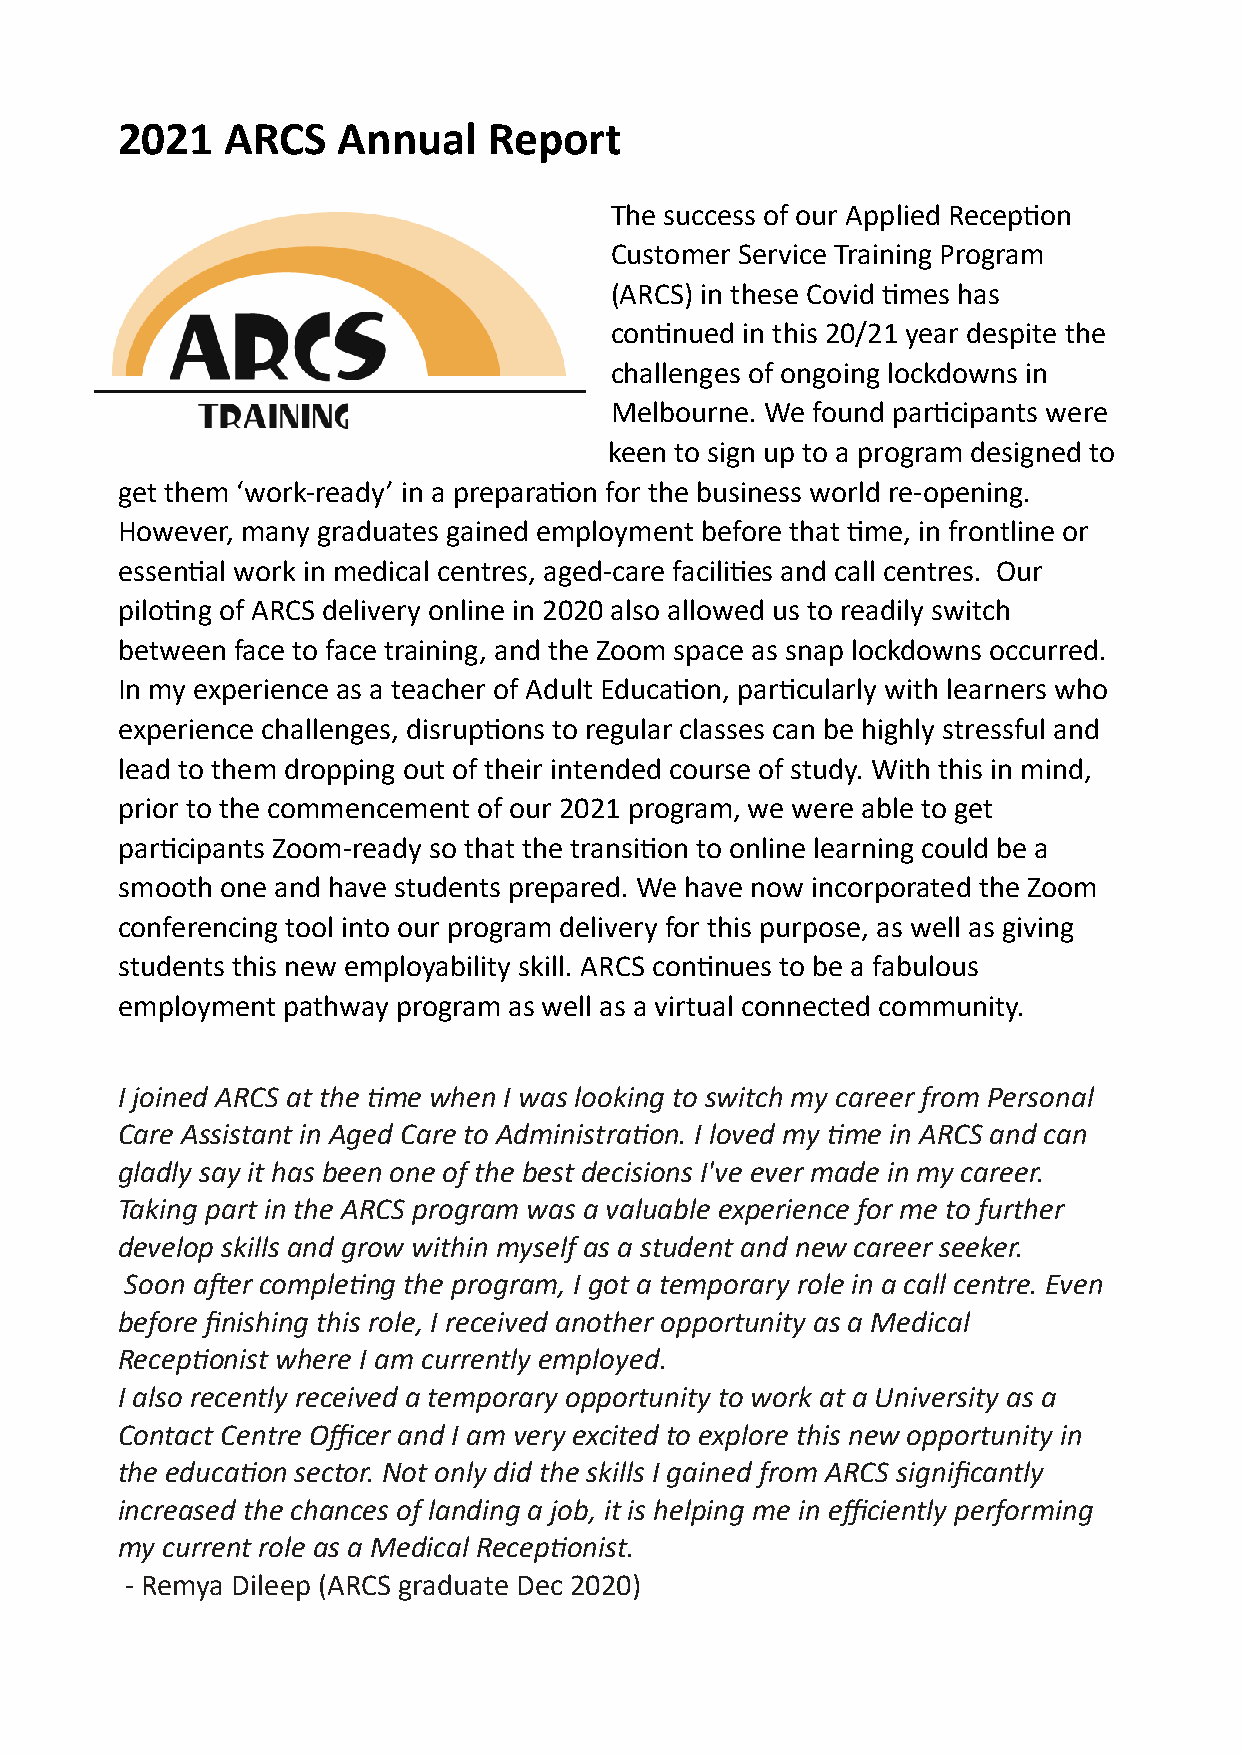
2021   ARCS   Annual    Report
 The success of our Applied Recep1on
 Customer Service Training Program
 (ARCS) in these Covid 1mes has
 con1nued in this 20/21 year despite the
 challenges of ongoing lockdowns in
 Melbourne. We found par1cipants were
 keen to sign up to a program designed to
 get them ‘work-ready’ in a prepara1on for the business world re-opening.
 However, many graduates gained employment before that 1me, in frontline or
 essen1al work in medical centres, aged-care facili1es and call centres. Our
 pilo1ng of ARCS delivery online in 2020 also allowed us to readily switch
 between face to face training, and the Zoom space as snap lockdowns occurred.
 In my experience as a teacher of Adult Educa1on, par1cularly with learners who
 experience challenges, disrup1ons to regular classes can be highly stressful and
 lead to them dropping out of their intended course of study. With this in mind,
 prior to the commencement of our 2021 program, we were able to get
 par1cipants Zoom-ready so that the transi1on to online learning could be a
 smooth one and have students prepared. We have now incorporated the Zoom
 conferencing tool into our program delivery for this purpose, as well as giving
 students this new employability skill. ARCS con1nues to be a fabulous
 employment pathway program as well as a virtual connected community.
 I joined ARCS at the 0me when I was looking to switch my career from Personal
 Care Assistant in Aged Care to Administra0on. I loved my 0me in ARCS and can
 gladly say it has been one of the best decisions I've ever made in my career.
 Taking part in the ARCS program was a valuable experience for me to further
 develop skills and grow within myself as a student and new career seeker.
 Soon aDer comple0ng the program, I got a temporary role in a call centre. Even
 before finishing this role, I received another opportunity as a Medical
 Recep0onist where I am currently employed.
 I also recently received a temporary opportunity to work at a University as a
 Contact Centre Officer and I am very excited to explore this new opportunity in
 the educa0on sector. Not only did the skills I gained from ARCS significantly
 increased the chances of landing a job, it is helping me in efficiently performing
 my current role as a Medical Recep0onist.
 - Remya Dileep (ARCS graduate Dec 2020)